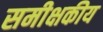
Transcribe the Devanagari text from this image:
समीक्षकीय